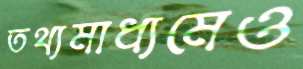
তথ্যমাধ্যমেও